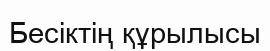
Бесіктің құрылысы